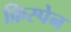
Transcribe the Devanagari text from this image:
क्रिस्पेन